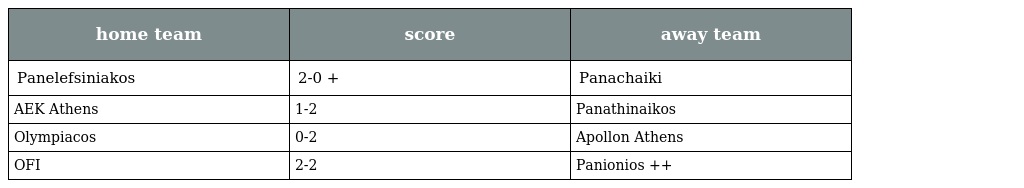
| home team | score | away team |
 | --- | --- | --- |
 | Panelefsiniakos | 2-0 + | Panachaiki |
 | AEK Athens | 1-2 | Panathinaikos |
 | Olympiacos | 0-2 | Apollon Athens |
 | OFI | 2-2 | Panionios ++ |